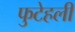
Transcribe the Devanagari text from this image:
फुटेहली